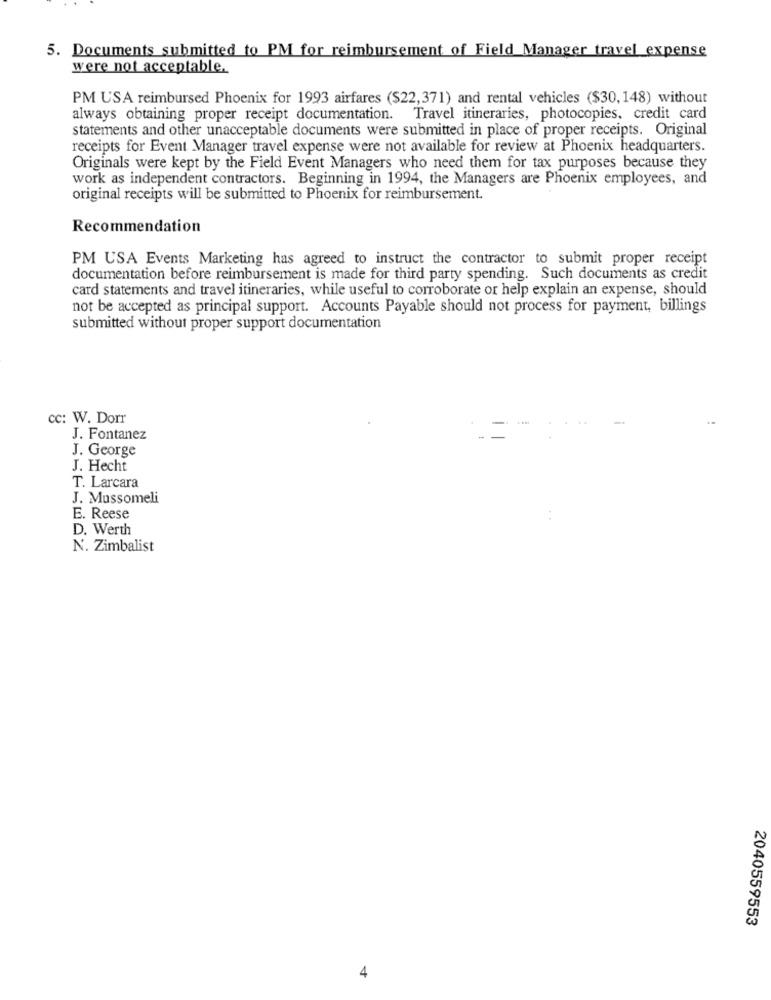
5. Documents submitted to PM for reimbursement of Field Manager travel expense
were not acceptable.
PM USA reimbursed Phoenix for 1993 airfares ($22,371) and rental vehicles ($30, 148) without
always obtaining proper receipt documentation.
Travel itineraries, photocopies, credit card
statements and other unacceptable documents were submitted in place of proper receipts. Original
receipts for Event Manager travel expense were not available for review at Phoenix headquarters.
Originals were kept by the Field Event Managers who need them for tax purposes because they
work as independent contractors. Beginning in 1994, the Managers are Phoenix employees, and
original receipts will be submitted to Phoenix for reimbursement.
Recommendation
PM USA Events Marketing has agreed to instruct the contractor to submit proper receipt
documentation before reimbursement is made for third party spending. Such documents as credit
card statements and travel itineraries, while useful to corroborate or help explain an expense, should
not be accepted as principal support. Accounts Payable should not process for payment, billings
submitted without proper support documentation
cc: W. Dorr
J. Fontanez
J. George
J. Hecht
T. Larcara
J. Mussomeli
E. Reese
D. Werth
N. Zimbalist
2040559553
4